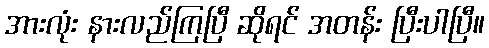
အားလုံး နားလည်ကြပြီ ဆိုရင် အတန်း ပြီးပါပြီ။